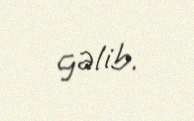
gəlib.